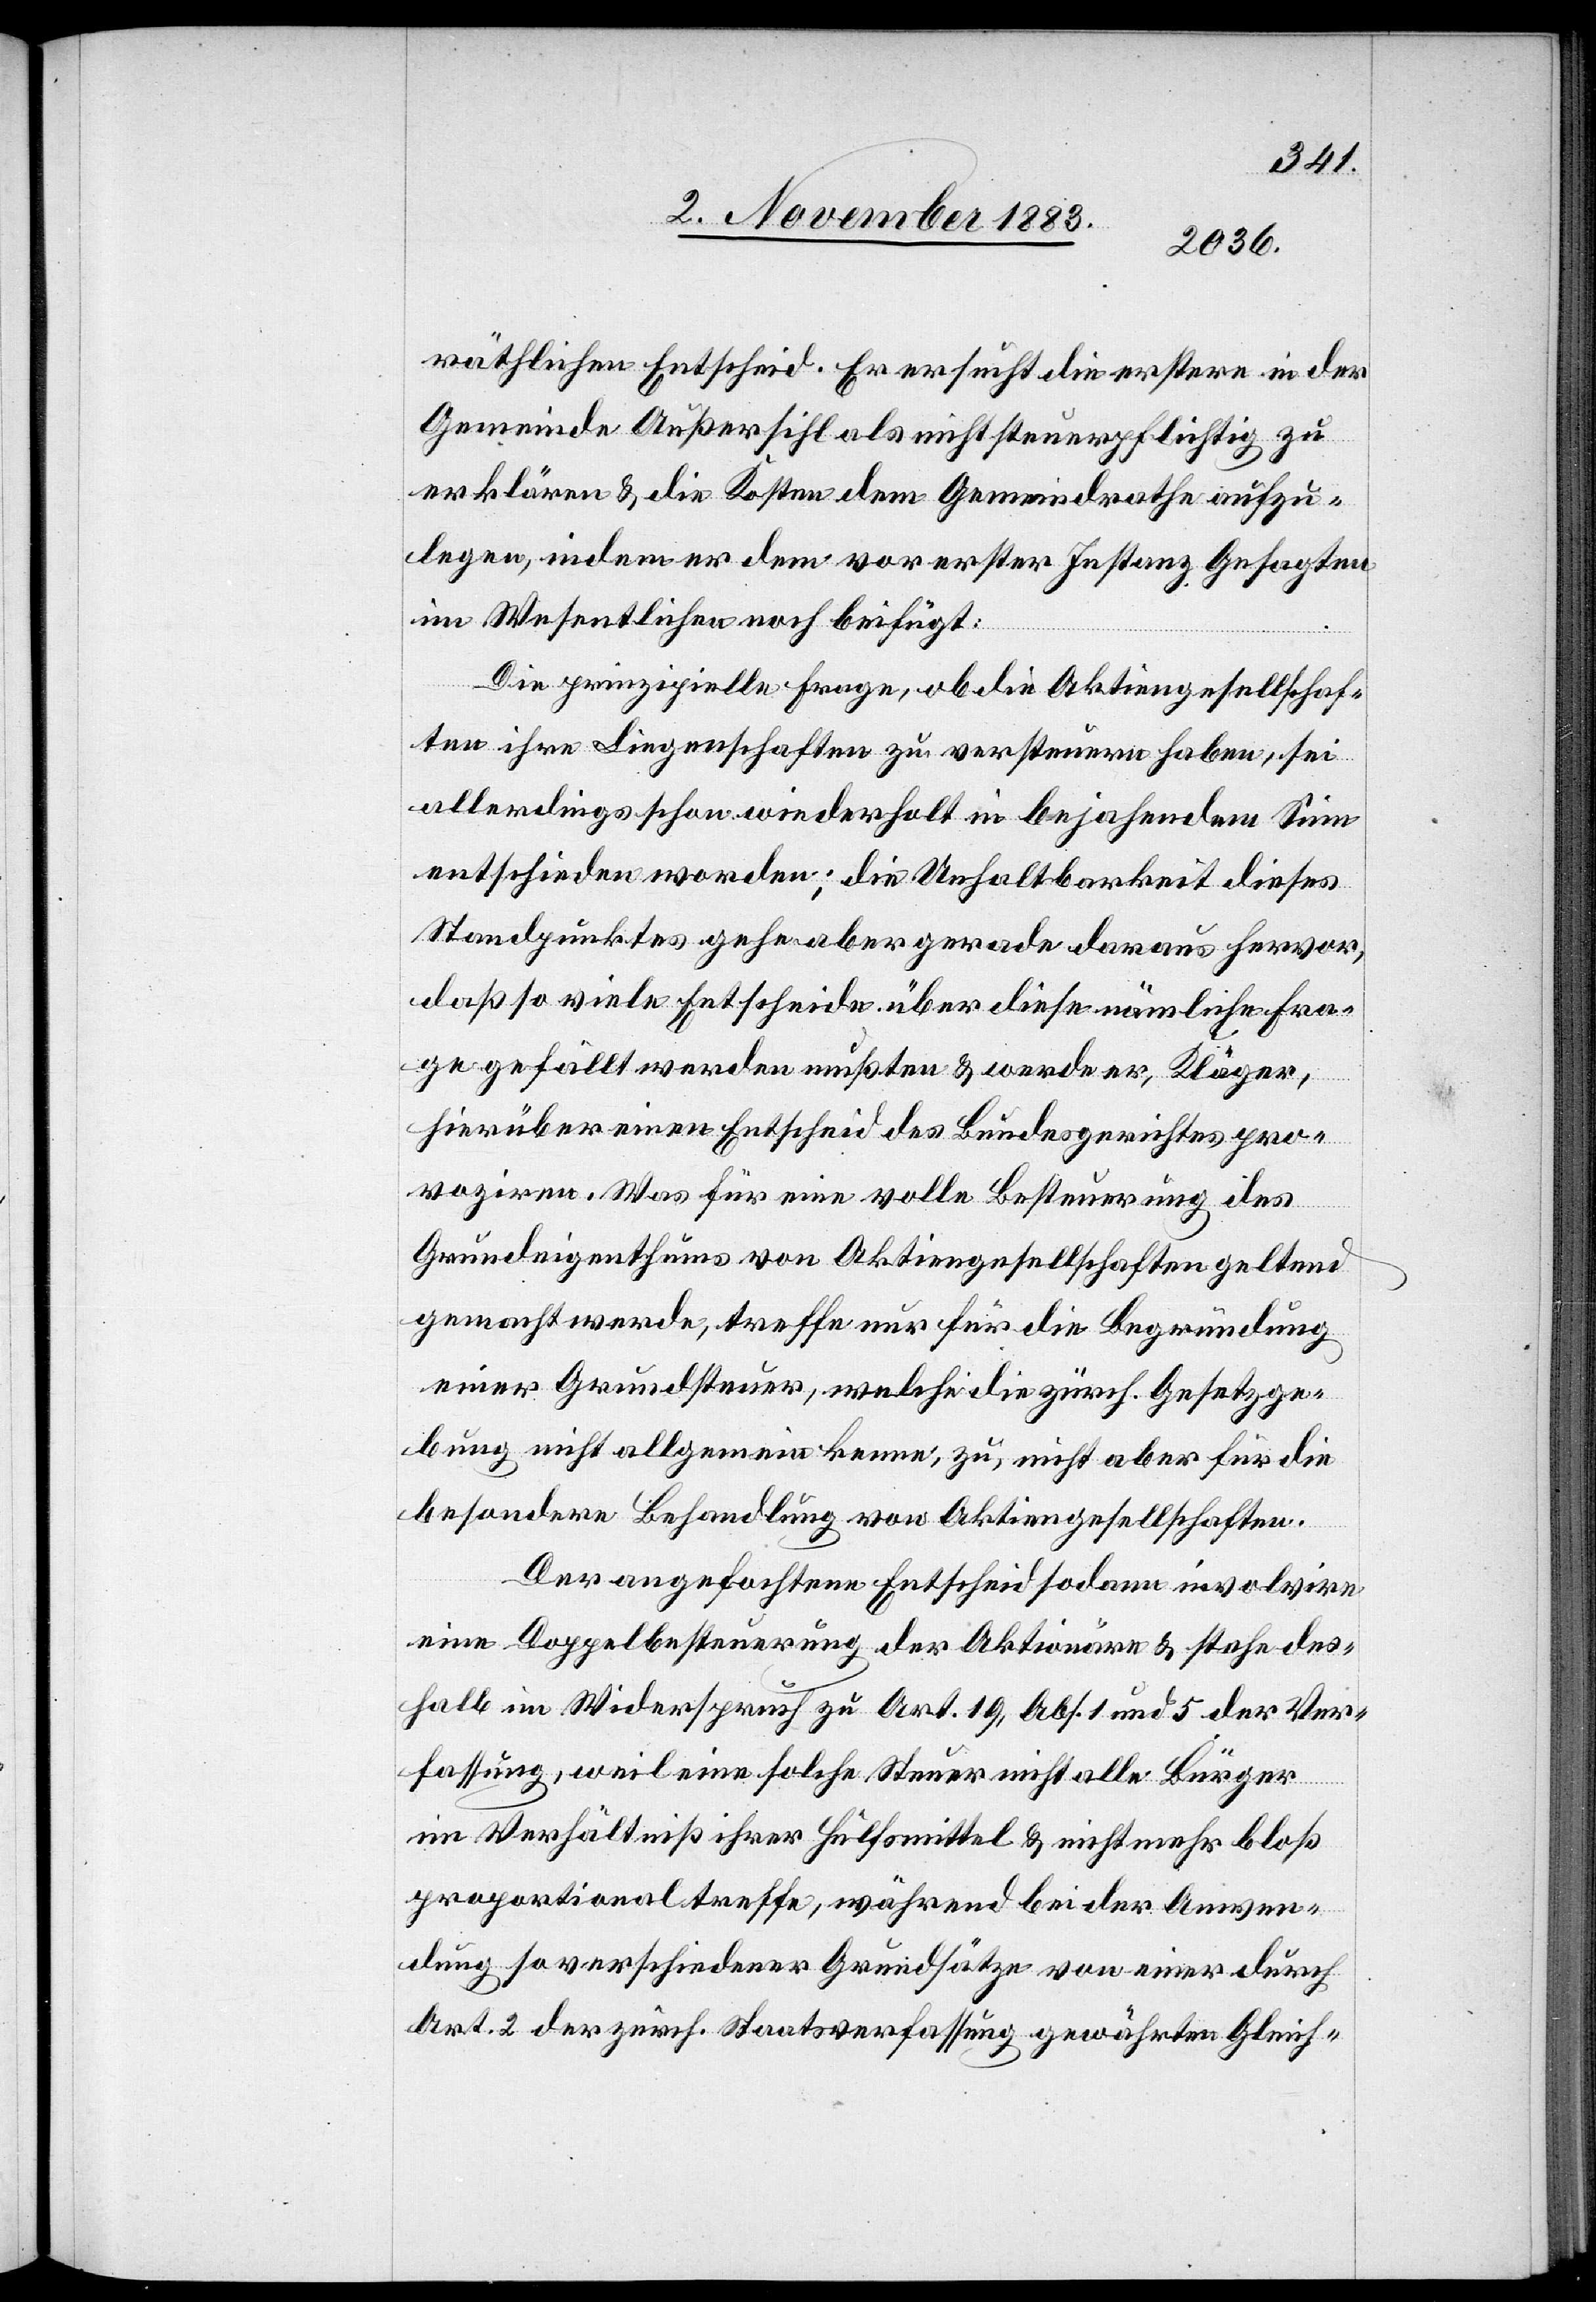
räthlichen Entscheid. Er ersucht die erstere in der
Gemeinde Außersihl als nicht steuerpflichtig zu
erklären & die Kosten dem Gemeindrathe aufzu¬
legen, indem er dem vor erster Instanz Gesagten
im Wesentlichen noch beifügt:
Die prinzipielle Frage, ob die Aktiengesellschaf¬
ten ihre Liegenschaften zu versteuern haben, sie
allerdings schon wiederholt in bejahendem Sinne
entschieden worden; die Unhaltbarkeit dieses
Standpunktes gehe aber gerade daraus hervor,
daß so viele Entscheide über diese nämliche Fra¬
ge gefällt werden mußten & werde er, Kläger,
hierüber einen Entschied des Bezirksgerichtes pro¬
voziren. Was für eine volle Besteuerung des
Grundeigenthums von Aktiengesellschaften geltend
gemacht werden, treffe nur für die Begründung
einer Grundsteuer, welche die zürch. Gesetzge¬
bung nicht allgemein kenne, zu, nicht aber für die
besondere Behandlung von Aktiengesellschaften.
Der angefochtene Entschied sodann involvire
eine Doppelbesteuerung der Aktionäre & stehe des¬
halb im Widerspruch zu Art. 19, Abs. 1 und 5 der Ver¬
fassung, weil eine solche Steuer nicht alle Bürger
im Verhältniß ihrer Hülfmittel & nicht mehr bloß
proportional treffe, während bei der Anwen¬
dung so verschiedener Grundsätze von einer durch
Art. 2 der zürch. Staatsverfassung gewährten Gleich-